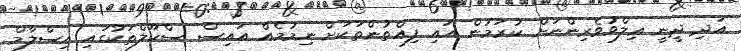
އަދި ދީނީ ޢިލްވުވެރިންނަށް ކުރަމުން އައި ފިއްތުންތަކަށް ނިމުމެއް އައިސް ސްކޫލްތަކުގައި އިސްލާމް